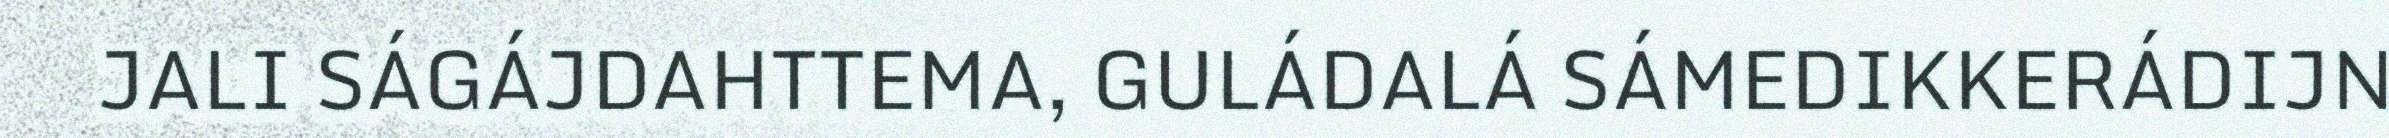
JALI SÁGÁJDAHTTEMA, GULÁDALÁ SÁMEDIKKERÁDIJN